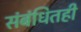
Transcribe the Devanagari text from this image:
संबंधितही